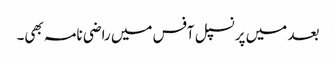
بعد میں پرنسپل آفس میں راضی نامہ بھی۔